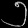
Digit: ၅